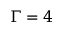
\Gamma = 4